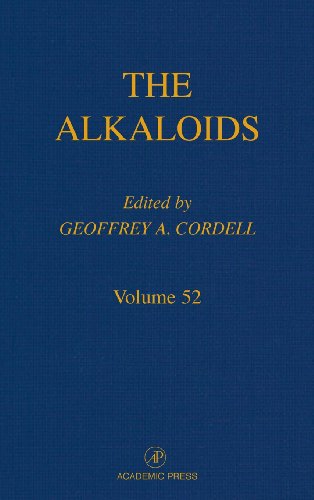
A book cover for Chemistry and Biology, Volume 52 (The Alkaloids); Science & Math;